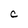
Character: c